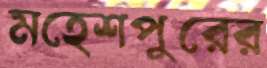
মহেশপুরের